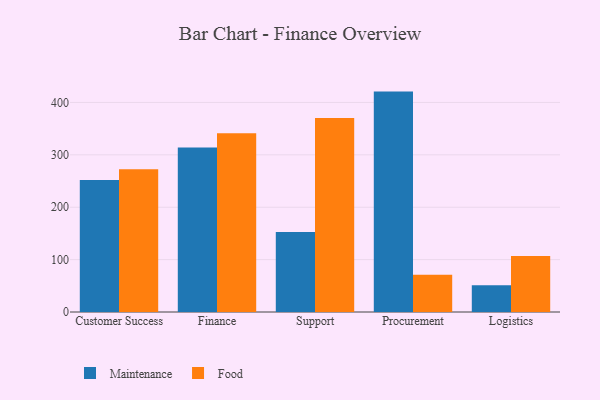
{"axis": {"x": "Department", "y": "Net Income (USD K)"}, "legend": ["Food", "Maintenance"], "data": [{"x": "Customer Success", "y": 251.9, "type": "Maintenance"}, {"x": "Customer Success", "y": 272.6, "type": "Food"}, {"x": "Finance", "y": 314.2, "type": "Maintenance"}, {"x": "Finance", "y": 341.4, "type": "Food"}, {"x": "Support", "y": 152.6, "type": "Maintenance"}, {"x": "Support", "y": 370.4, "type": "Food"}, {"x": "Procurement", "y": 420.7, "type": "Maintenance"}, {"x": "Procurement", "y": 71.1, "type": "Food"}, {"x": "Logistics", "y": 51.1, "type": "Maintenance"}, {"x": "Logistics", "y": 107.1, "type": "Food"}]}